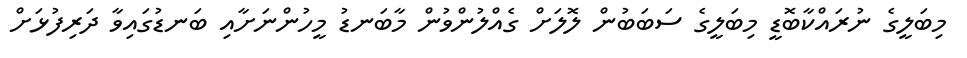
މިބަލީގެ ނުރައްކާބޮޑީ މިބަލީގެ ސަބަބުން ލޮލަށް ގެއްލުންވުން މާބަނޑު މީހުންނަށާއި ބަނޑުގައިވާ ދަރިފުޅަށް